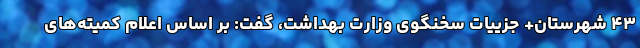
۴۳ شهرستان+ جزییات سخنگوی وزارت بهداشت، گفت: بر اساس اعلام کمیته‌های